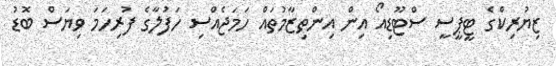
ޒިޔުރިކްގެ ޓީޕީސީ ސްޓޫޑިއޯ އިން އިންތިޒާމުތައް ހަމަޖެއްސި ހަފުލާގެ ފުރިހަމަ ވިޔަސް ބޮޑު